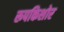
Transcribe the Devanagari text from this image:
रूपकिशोर